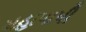
મહાપાપી